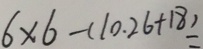
6 \times 6 - ( 1 0 . 2 6 + 1 8 ) =